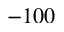
- 1 0 0